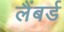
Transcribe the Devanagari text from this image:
लैंबर्ड